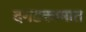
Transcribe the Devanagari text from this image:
दगडकामात